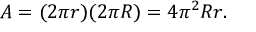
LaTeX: A = ( 2 \pi r ) ( 2 \pi R ) = 4 \pi ^ { 2 } R r .